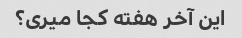
این آخر هفته کجا میری؟